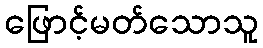
ဖြောင့်မတ်သောသူ